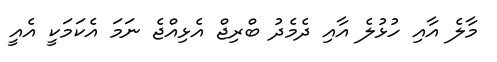
މާލެ އާއި ހުޅުލެ އާއި ދެމެދު ބްރިޖް އެޅިއްޖެ ނަމަ އެކަމަކީ އެއީ